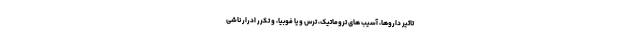
تاثیر داروها، آسیب های تروماتیک، ترس و یا فوبیا، و تکرر ادرار ناشی